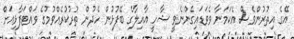
އޭގެ އިތުރުންވެސް އެކަމަނާ ވެވަޑައިގެންނެވީ ޝާހީ އާއިލާގެ ބޭފުޅުން ހެދުން ތުރުކުރެއްވުމުގެ ވައްޓަފާޅިއަށް